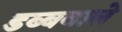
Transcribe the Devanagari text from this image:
डब्बवाले